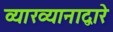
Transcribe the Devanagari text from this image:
व्याख्यानाद्वारे